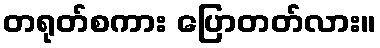
တရုတ်စကား ပြောတတ်လား။